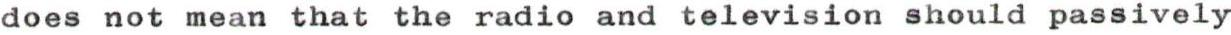
does not mean that the radio and television should passively